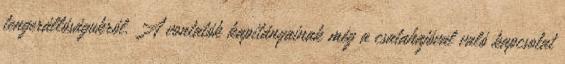
tengerállóságukról. A vontatók kapitányainak még a csatahajóval való kapcsolat